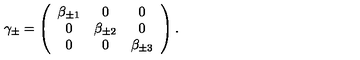
\gamma _ { \pm } = \left( \begin{array} { c c c } { \beta _ { \pm 1 } } & { 0 } & { 0 } \\ { 0 } & { \beta _ { \pm 2 } } & { 0 } \\ { 0 } & { 0 } & { \beta _ { \pm 3 } } \\ \end{array} \right) .